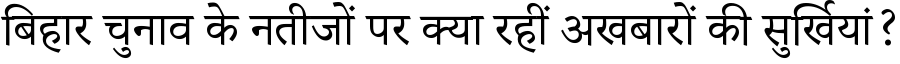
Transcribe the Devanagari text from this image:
बिहार चुनाव के नतीजों पर क्या रहीं अखबारों की सुर्खियां?